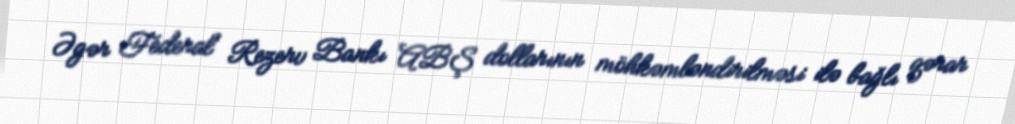
Əgər Federal Rezerv Bankı ABŞ dollarının möhkəmləndirilməsi ilə bağlı qərar